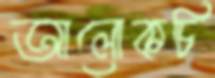
আলোকচি